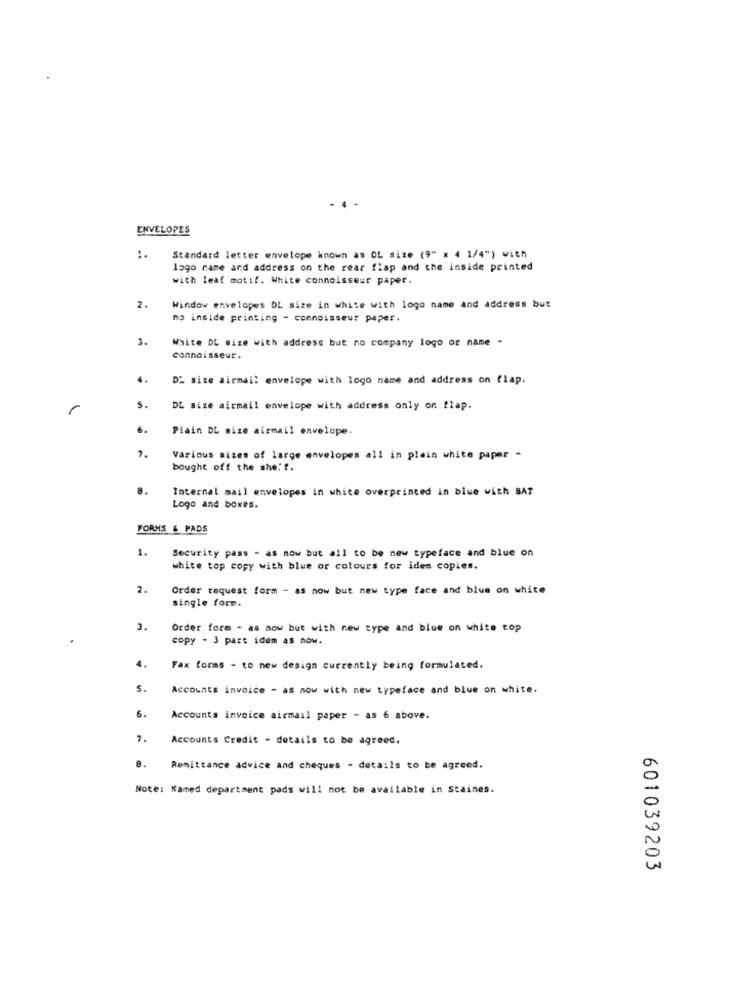
ENVELOPES
1.
Standard letter envelope known as OL size (9" x 4 1/4") with
lago name and address on the rear flap and the inside printed
with leaf motif. White connoisseur paper.
2.
Window envelopes DL size in white with logo name and address but
no inside printing - connoisseur paper.
3.
White DL size with address but no company logo or name -
connaisseur.
4.
D' site airmail envelope with logo name and address on flap.
1
5
DE size airmail envelope with address only on flap.
6.
Plain DL mize airmail envelope.
7.
Various sizes of large envelopes all in plain white paper -
bought off the she !!.
8.
Internal mail envelopes in white overprinted in blue with BAT
Logo and boxes.
FORMS & PADS
1.
Security pass - as now but all to be new typeface and blue on
white top copy with blue or colours for ides copies.
2.
Order request form - as now but new type face and blue on white
single form.
3.
Order form - as now but with new type and blue on white top
copy - 3 part idem as now.
4.
Fax forms - to new design currently being formulated.
s.
Accounts invoice - as now with new typeface and blue on white.
6.
Accounts invoice aicmail paper - as 6 above.
7.
Accounts Credit - details to be agreed.
8.
Remittance advice and cheques - details to be agreed.
Note: Kamed department pads will not be available in Staines.
601039203